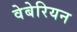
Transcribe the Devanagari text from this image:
वेबेरियन